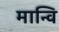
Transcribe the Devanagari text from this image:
मान्वि